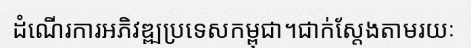
ដំណើរការអភិវឌ្ឍប្រទេសកម្ពុជា។ជាក់ស្តែងតាមរយៈ